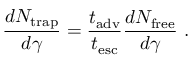
\frac { d N _ { \mathrm { t r a p } } } { d \gamma } = \frac { t _ { \mathrm { a d v } } } { t _ { \mathrm { e s c } } } \frac { d N _ { \mathrm { f r e e } } } { d \gamma } ~ .